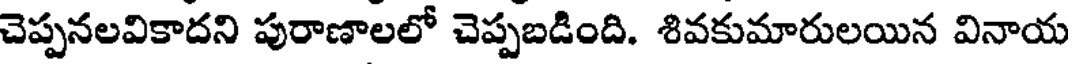
చెప్పనలవికాదని పురాణాలలో చెప్పబడింది. శివకుమారులయిన వినాయ